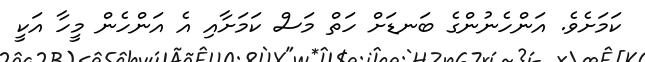
ކަމަށެވެ. އަންހެނުންގެ ބަނޑަށް ހަތް މަސް ކަމަށާއި އެ އަންހެން މީހާ އަކީ